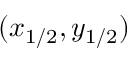
( x _ { 1 / 2 } , y _ { 1 / 2 } )